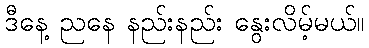
ဒီနေ့ ညနေ နည်းနည်း နွေးလိမ့်မယ်။